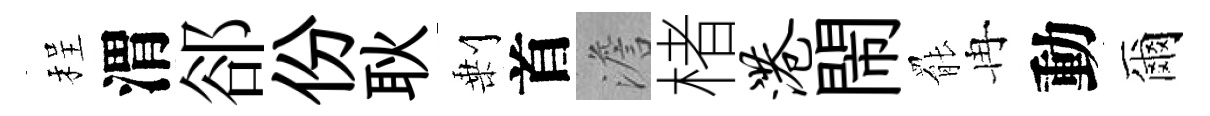
程渭郤份耿剰首澹楮港閙罷冉動爾